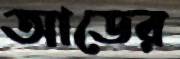
আডের